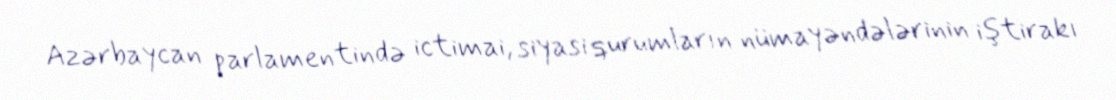
Azərbaycan parlamentində ictimai, siyasi qurumların nümayəndələrinin iştirakı